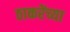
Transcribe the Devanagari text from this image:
ठाकरेंच्या